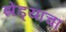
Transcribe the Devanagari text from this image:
झेंड्याचा